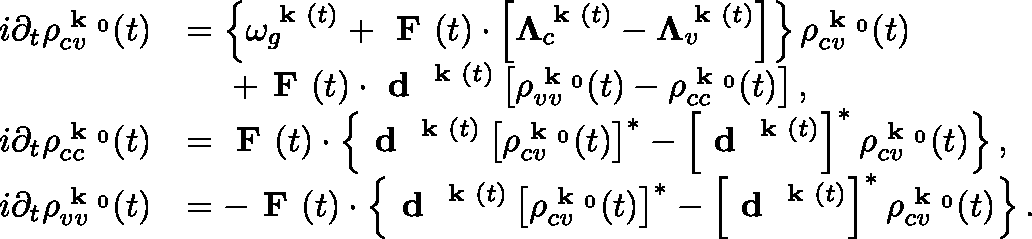
\begin{array} { r l } { i \partial _ { t } \rho _ { c v } ^ { \textbf { k } _ { 0 } } ( t ) } & { = \left\{ \omega _ { g } ^ { \textbf { k } ( t ) } + \textbf { F } ( t ) \cdot \left[ \mathbf { \Lambda } _ { c } ^ { \textbf { k } ( t ) } - \mathbf { \Lambda } _ { v } ^ { \textbf { k } ( t ) } \right] \right\} \rho _ { c v } ^ { \textbf { k } _ { 0 } } ( t ) } \\ & { \ \ \ \ + \textbf { F } ( t ) \cdot \textbf { d } ^ { \textbf { k } ( t ) } \left[ \rho _ { v v } ^ { \textbf { k } _ { 0 } } ( t ) - \rho _ { c c } ^ { \textbf { k } _ { 0 } } ( t ) \right] , } \\ { i \partial _ { t } \rho _ { c c } ^ { \textbf { k } _ { 0 } } ( t ) } & { = \textbf { F } ( t ) \cdot \left\{ \textbf { d } ^ { \textbf { k } ( t ) } \left[ \rho _ { c v } ^ { \textbf { k } _ { 0 } } ( t ) \right] ^ { * } - \left[ \textbf { d } ^ { \textbf { k } ( t ) } \right] ^ { * } \rho _ { c v } ^ { \textbf { k } _ { 0 } } ( t ) \right\} , } \\ { i \partial _ { t } \rho _ { v v } ^ { \textbf { k } _ { 0 } } ( t ) } & { = - \textbf { F } ( t ) \cdot \left\{ \textbf { d } ^ { \textbf { k } ( t ) } \left[ \rho _ { c v } ^ { \textbf { k } _ { 0 } } ( t ) \right] ^ { * } - \left[ \textbf { d } ^ { \textbf { k } ( t ) } \right] ^ { * } \rho _ { c v } ^ { \textbf { k } _ { 0 } } ( t ) \right\} . } \end{array}